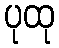
ပုထု